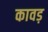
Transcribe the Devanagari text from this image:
कावड़